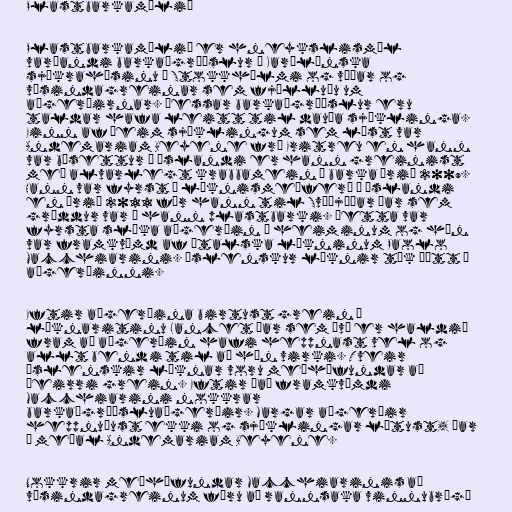
Plastbarkamálið

Plastbarkamálið er hneykslismál
varðandi barkaígræðslur á Karólínska
sjúkrahúsinu í Stokkhólmi og víðar og
vísindagreinar sem fjölluðu um
aðgerðirnar. Þessar barkaígræðslur eru
taldar hafa leitt til dauða sjúklinga.
Einn af þeim sjúklingum sem lést var
Andemariam Beyene frá Eritreu en hann
var búsettur á Íslandi er hann greinist
með alvarlegt krabbamein í barka árið 2009.
Hann var fyrst í læknismeðferð á Íslandi
en árið 2011 fór hann til Svíþjóðar þar sem
græddur var í hann plastbarki. Þetta var
fyrsta slíka aðgerðin í heiminum og hún
var framkvæmd af ítalska lækninum Paolo
Macchiarini. Íslenskur læknir tók þátt í
aðgerðinni.

Eftir aðgerðina birtust grein í
læknaritinu Lancet þar sem því er haldið
fram að aðgerðin hafi heppnast vel og
allt bendi til að hún virki. Tveir
íslenskir læknar voru meðhöfundar að
þeirri grein. Eftir það framkvæmdi
Macchiarini nokkrar
barkaígræðsluaðgerðir. Margar aðgerðir
heppnuðust ekki og sjúklingar létust, þar
á meðal Andemariam Beyene.

Nokkrir meðhöfundar Macchiarinis að
vísindagreinum fóru að rannsaka vinnubrögð